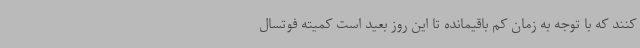
کنند که با توجه به زمان کم باقیمانده تا این روز بعید است کمیته فوتسال